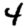
Digit: 4